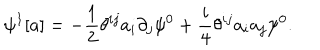
\psi ^ { 1 } [ a ] = - \frac { 1 } { 2 } \theta ^ { i j } a _ { i } \partial _ { j } \psi ^ { 0 } + \frac { i } { 4 } \theta ^ { i j } a _ { i } a _ { j } \psi ^ { 0 } .